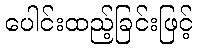
ပေါင်းထည့်ခြင်းဖြင့်